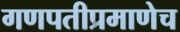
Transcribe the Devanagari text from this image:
गणपतीप्रमाणेच